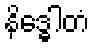
နိဒ္ဓေါတံ